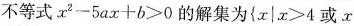
不等式$$x^{2}-5ax+b>0$$的解集为$$\{x|x>4$$或x